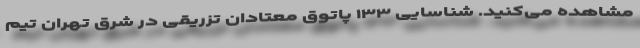
مشاهده می‌کنید. شناسایی ۱۳۳ پاتوق معتادان تزریقی در شرق تهران تیم